Civil Veterinary Dept. Bombay admin report 1893-99 - 1893-1899
Year: 1893
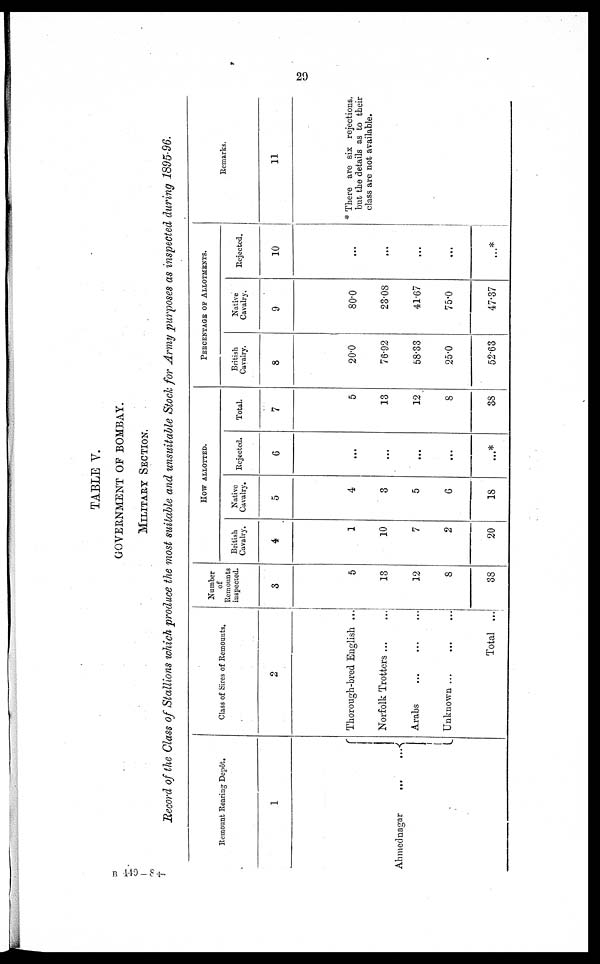
29
TABLE V.
GOVERNMENT OF BOMBAY.
MILITARY SECTION.
Record of the Class of Stallions which produce the most suitable and unsuitable Stock for Army purposes as inspected during 1895-96.
Remount Rearing Depôt.
1
Ahmednagar
...
...
Class of Sires of Remounts.
2
Thorough-bred English ...
Norfolk Trotters
...
...
Arabs ... ... ...
Unknown ... ... ...
Total ...
Number
of
Remounts
inspected.
3
5
13
12
8
38
HOW ALLOTTED.
British
Cavalry.
4
1
10
7
2
20
Native
Cavalry.
5
4
3
5
6
18
Rejected.
6
...
...
...
...
...*
Total.
7
5
13
12
8
38
PERCENTAGE OF ALLOTMENTS.
British
Cavalry.
8
20.0
76.92
58.33
25.0
52.63
Native
Cavalry.
9
80.0
23.08
41.67
75.0
47.37
Rejected.
10
...
...
...
...
...*
Remarks.
11
* There are six rejections,
but the details as to their
class are not available.
B 449—84